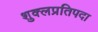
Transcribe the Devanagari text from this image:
शुक्लप्रतिपदा